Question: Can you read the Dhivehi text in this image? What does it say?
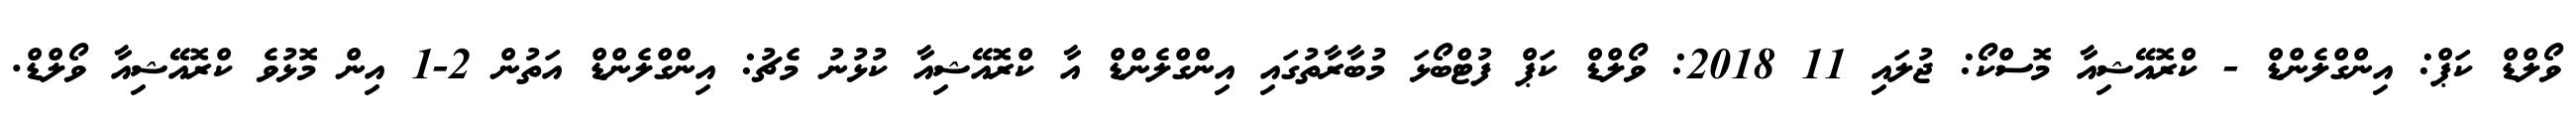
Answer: ވޯލްޑް ކަޕް: އިންގްލެންޑް - ކްރޮއޭޝިއާ މޮސްކޯ: ޖުލައި 11 2018: ވޯލްޑް ކަޕް ފުޓްބޯޅަ މުބާރާތުގައި އިންގްލެންޑް އާ ކްރޮއޭޝިއާ ކުޅުނު މެޗު: އިންގްލެންޑް އަތުން 2-1 އިން މޮޅުވެ ކްރޮއޭޝިއާ ވޯލްޑް.